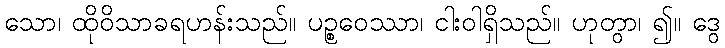
သော၊ ထိုဝိသာခရဟန်းသည်။ ပဉ္စဝေဿာ၊ ငါးဝါရှိသည်။ ဟုတွာ၊ ၍။ ဒွေ